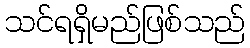
သင်ရရှိမည်ဖြစ်သည်